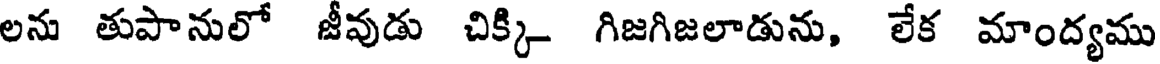
లను తుపానులో జీవుడు చిక్కి- గిజగిజలాడును, లేక మాంద్యము